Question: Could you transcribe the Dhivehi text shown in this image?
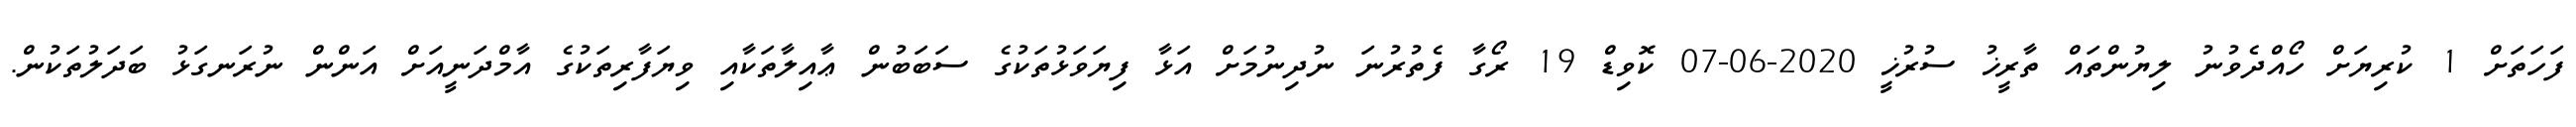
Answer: ފަހަތަށް 1 ކުރިޔަށް ހޯއްދެވުނު ލިޔުންތައް ތާރީޚު ސުރުޚީ 2020-06-07 ކޮވިޑް 19 ރޯގާ ފެތުރުނަ ނުދިނުމަށް އަޅާ ފިޔަވަޅުތަކުގެ ސަބަބުން ޢާއިލާތަކާއި ވިޔަފާރިތަކުގެ އާމްދަނީއަށް އަންން ނުރަނގަޅު ބަދަލުތަކުން.